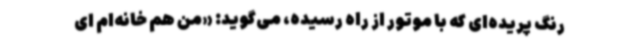
رنگ پریده‌ای که با موتور از راه رسیده، می‌گوید: «من هم خانه‌ام ای